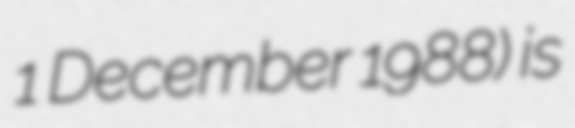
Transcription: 1 December 1988) is